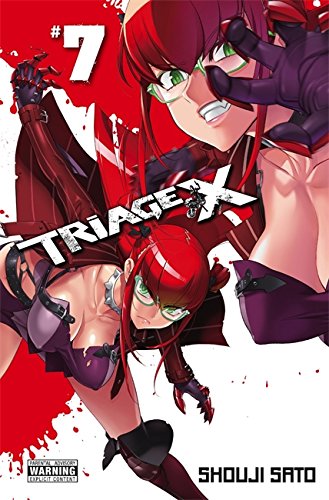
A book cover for Triage X, Vol. 7; Comics & Graphic Novels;